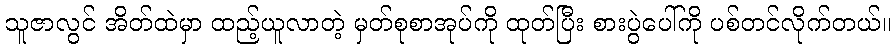
သူဇာလွင် အိတ်ထဲမှာ ထည့်ယူလာတဲ့ မှတ်စုစာအုပ်ကို ထုတ်ပြီး စားပွဲပေါ်ကို ပစ်တင်လိုက်တယ်။